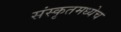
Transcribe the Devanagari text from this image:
संस्कृतमध्येच